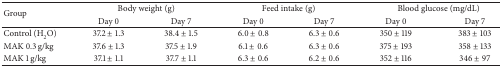
<table><thead><tr><td rowspan="2"><b>Group</b></td><td colspan="2"><b>Body weight (g)</b></td><td colspan="2"><b>Feed intake (g)</b></td><td colspan="2"><b>Blood glucose (mg/dL)</b></td></tr><tr><td><b>Day 0</b></td><td><b>Day 7</b></td><td><b>Day 0</b></td><td><b>Day 7</b></td><td><b>Day 0</b></td><td><b>Day 7</b></td></tr></thead><tbody><tr><td>Control (H<sub>2</sub>O)</td><td>37.2 ± 1.3</td><td>38.4 ± 1.5</td><td>6.0 ± 0.8</td><td>6.3 ± 0.6</td><td>350 ± 119</td><td>383 ± 103</td></tr><tr><td>MAK 0.3 g/kg</td><td>37.6 ± 1.3</td><td>37.5 ± 1.9</td><td>6.1 ± 0.6</td><td>6.3 ± 0.6</td><td>375 ± 193</td><td>358 ± 133</td></tr><tr><td>MAK 1 g/kg</td><td>37.1 ± 1.1</td><td>37.7 ± 1.1</td><td>6.3 ± 0.6</td><td>6.2 ± 0.6</td><td>352 ± 116</td><td>346 ± 97</td></tr></tbody></table>